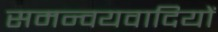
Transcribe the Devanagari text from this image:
समन्वयवादियों